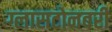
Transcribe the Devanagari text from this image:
ग्लासटोनबरी